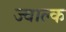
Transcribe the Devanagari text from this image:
ज्वाल्क